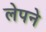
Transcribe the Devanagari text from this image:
लेपने